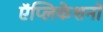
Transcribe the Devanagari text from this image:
ऍप्लिकेशनों